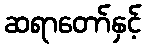
ဆရာတော်နှင့်